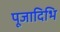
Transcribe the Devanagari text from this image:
पूजादिभि